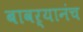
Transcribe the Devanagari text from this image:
बावऱ्यानंच